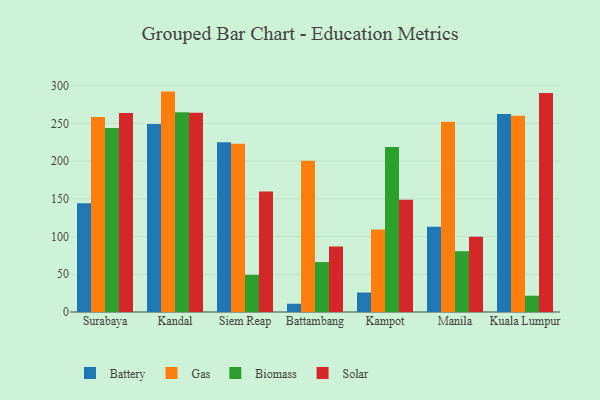
{"axis": {"x": "City", "y": "Population (Million)"}, "legend": ["Battery", "Biomass", "Gas", "Solar"], "data": [{"x": "Surabaya", "y": 144.0, "type": "Battery"}, {"x": "Surabaya", "y": 258.4, "type": "Gas"}, {"x": "Surabaya", "y": 244.0, "type": "Biomass"}, {"x": "Surabaya", "y": 263.8, "type": "Solar"}, {"x": "Kandal", "y": 249.3, "type": "Battery"}, {"x": "Kandal", "y": 292.1, "type": "Gas"}, {"x": "Kandal", "y": 264.6, "type": "Biomass"}, {"x": "Kandal", "y": 264.1, "type": "Solar"}, {"x": "Siem Reap", "y": 224.9, "type": "Battery"}, {"x": "Siem Reap", "y": 222.9, "type": "Gas"}, {"x": "Siem Reap", "y": 49.3, "type": "Biomass"}, {"x": "Siem Reap", "y": 159.6, "type": "Solar"}, {"x": "Battambang", "y": 10.9, "type": "Battery"}, {"x": "Battambang", "y": 200.4, "type": "Gas"}, {"x": "Battambang", "y": 66.2, "type": "Biomass"}, {"x": "Battambang", "y": 86.9, "type": "Solar"}, {"x": "Kampot", "y": 25.8, "type": "Battery"}, {"x": "Kampot", "y": 109.4, "type": "Gas"}, {"x": "Kampot", "y": 218.6, "type": "Biomass"}, {"x": "Kampot", "y": 148.9, "type": "Solar"}, {"x": "Manila", "y": 113.1, "type": "Battery"}, {"x": "Manila", "y": 252.2, "type": "Gas"}, {"x": "Manila", "y": 80.5, "type": "Biomass"}, {"x": "Manila", "y": 99.6, "type": "Solar"}, {"x": "Kuala Lumpur", "y": 262.5, "type": "Battery"}, {"x": "Kuala Lumpur", "y": 260.0, "type": "Gas"}, {"x": "Kuala Lumpur", "y": 21.6, "type": "Biomass"}, {"x": "Kuala Lumpur", "y": 290.2, "type": "Solar"}]}